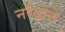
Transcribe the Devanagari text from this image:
नरेंद्राने